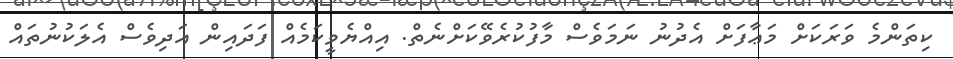
ކިތަންމެ ވަރަކަށް މަޢާފަށް އެދުނު ނަމަވެސް މާފުކުރެވޭކަށްނެތް. އިއްޔެވީކަމެއް ފަދައިން އަދިވެސް އެލަކުނުތައް